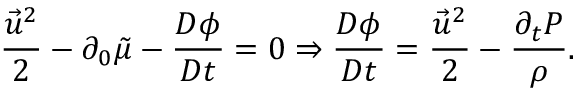
\frac { \vec { u } ^ { 2 } } { 2 } - \partial _ { 0 } \tilde { \mu } - \frac { D \phi } { D t } = 0 \Rightarrow \frac { D \phi } { D t } = \frac { \vec { u } ^ { 2 } } { 2 } - \frac { \partial _ { t } P } { \rho } .